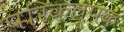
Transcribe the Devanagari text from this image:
परिकल्पक